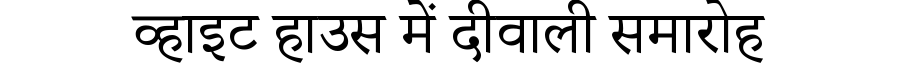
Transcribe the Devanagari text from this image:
व्हाइट हाउस में दीवाली समारोह